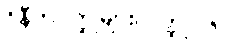
ဝိနီတဝတ္ထုများ၊ ဝတ္ထု (၆၀)